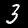
Digit: 3